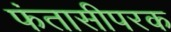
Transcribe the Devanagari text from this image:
फंतासीपरक